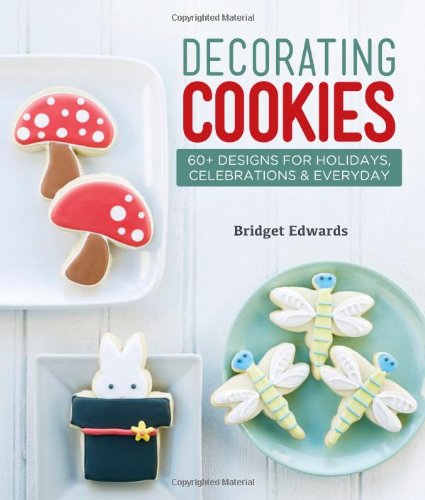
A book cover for Decorating Cookies: 60+ Designs for Holidays, Celebrations & Everyday; Bridget Edwards; Cookbooks, Food & Wine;